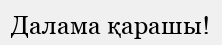
Далама қарашы!